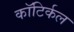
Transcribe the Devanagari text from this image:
कॉटिर्कल